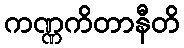
ကဏ္ဏကိတာနီတိ